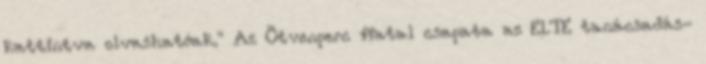
kattintva olvashatóak." Az Ötvenperc fiatal csapata az ELTE tanácsadás-